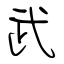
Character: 武